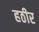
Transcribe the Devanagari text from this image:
हठीर